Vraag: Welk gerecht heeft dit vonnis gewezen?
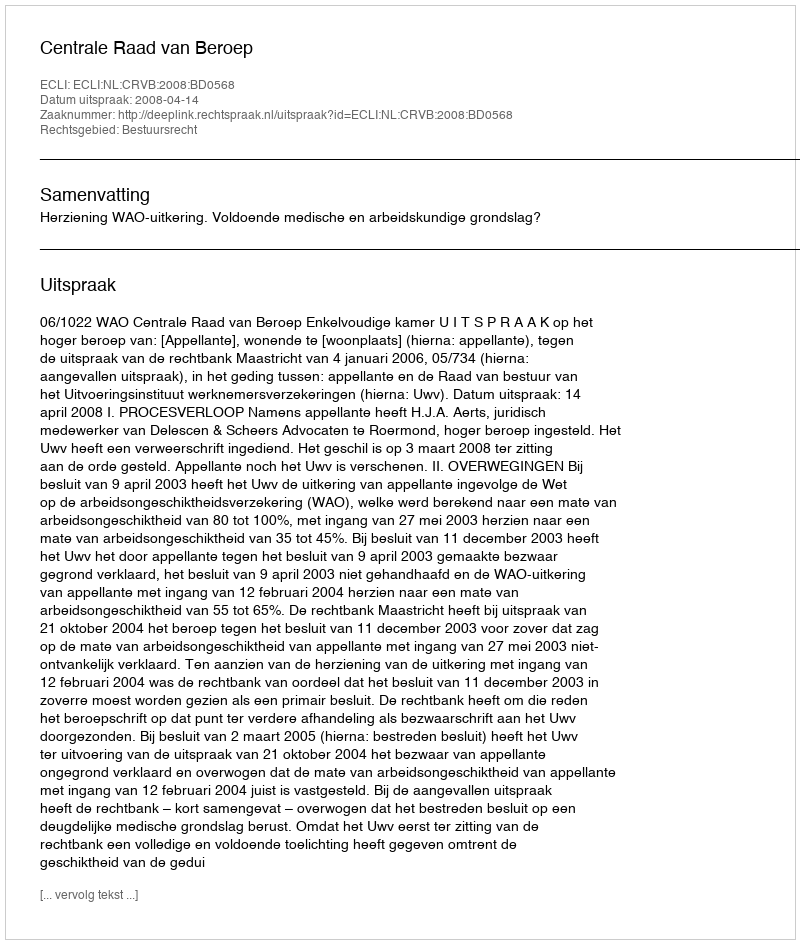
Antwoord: Centrale Raad van Beroep